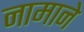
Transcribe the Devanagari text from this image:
नामाने